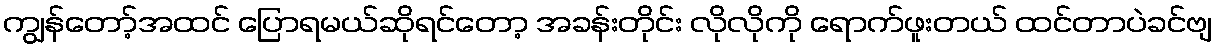
ကျွန်တော့်အထင် ပြောရမယ်ဆိုရင်တော့ အခန်းတိုင်း လိုလိုကို ရောက်ဖူးတယ် ထင်တာပဲခင်ဗျ